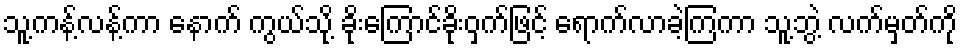
သူ့ကန့်လန့်ကာ နောက် ကွယ်သို့ ခိုးကြောင်ခိုးဝှက်ဖြင့် ရောက်လာခဲ့ကြကာ သူ့ဘွဲ့ လက်မှတ်ကို